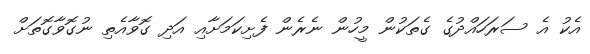
އެކު އެ ސަރަހައްދުގެ ގެތަކުން މީހުން ނެރެން ފެށިކަމަށާއި އަދި ގޮވާއެތި ނުގޮވާގޮތަށް